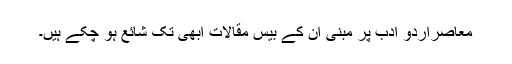
معاصراردو ادب پر مبنی ان کے بیس مقالات ابھی تک شائع ہو چکے ہیں۔